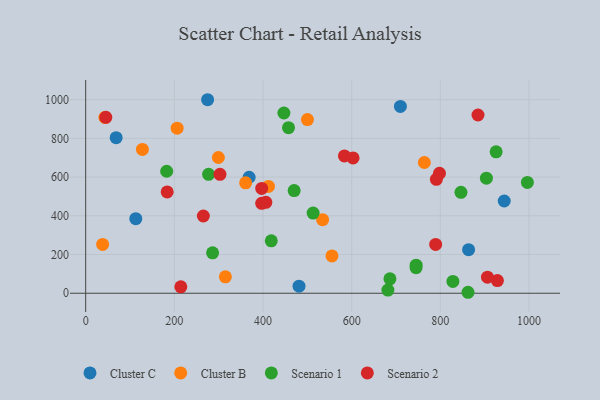
{"axis": {"x": "Study Hours", "y": "Exam Score"}, "legend": ["Cluster B", "Cluster C", "Scenario 1", "Scenario 2"], "data": [{"x": "68.7", "y": 803.5, "type": "Cluster C"}, {"x": "368.7", "y": 599.2, "type": "Cluster C"}, {"x": "709.9", "y": 965.0, "type": "Cluster C"}, {"x": "481.2", "y": 36.4, "type": "Cluster C"}, {"x": "275.0", "y": 999.7, "type": "Cluster C"}, {"x": "863.7", "y": 225.3, "type": "Cluster C"}, {"x": "944.1", "y": 476.5, "type": "Cluster C"}, {"x": "113.0", "y": 385.2, "type": "Cluster C"}, {"x": "299.3", "y": 701.3, "type": "Cluster B"}, {"x": "43.3", "y": 908.4, "type": "Cluster B"}, {"x": "412.3", "y": 552.0, "type": "Cluster B"}, {"x": "360.8", "y": 570.2, "type": "Cluster B"}, {"x": "534.4", "y": 379.9, "type": "Cluster B"}, {"x": "763.9", "y": 675.4, "type": "Cluster B"}, {"x": "500.2", "y": 897.3, "type": "Cluster B"}, {"x": "206.3", "y": 852.8, "type": "Cluster B"}, {"x": "38.2", "y": 252.2, "type": "Cluster B"}, {"x": "315.1", "y": 84.6, "type": "Cluster B"}, {"x": "555.5", "y": 192.6, "type": "Cluster B"}, {"x": "127.9", "y": 743.2, "type": "Cluster B"}, {"x": "447.1", "y": 931.1, "type": "Scenario 1"}, {"x": "277.2", "y": 614.3, "type": "Scenario 1"}, {"x": "470.2", "y": 530.5, "type": "Scenario 1"}, {"x": "418.6", "y": 270.8, "type": "Scenario 1"}, {"x": "996.3", "y": 572.7, "type": "Scenario 1"}, {"x": "846.5", "y": 521.3, "type": "Scenario 1"}, {"x": "513.0", "y": 414.4, "type": "Scenario 1"}, {"x": "681.7", "y": 16.5, "type": "Scenario 1"}, {"x": "686.3", "y": 74.4, "type": "Scenario 1"}, {"x": "828.3", "y": 61.1, "type": "Scenario 1"}, {"x": "862.4", "y": 5.0, "type": "Scenario 1"}, {"x": "745.2", "y": 132.1, "type": "Scenario 1"}, {"x": "925.8", "y": 730.4, "type": "Scenario 1"}, {"x": "903.9", "y": 594.6, "type": "Scenario 1"}, {"x": "286.2", "y": 208.7, "type": "Scenario 1"}, {"x": "457.5", "y": 855.4, "type": "Scenario 1"}, {"x": "182.7", "y": 630.2, "type": "Scenario 1"}, {"x": "745.4", "y": 145.0, "type": "Scenario 1"}, {"x": "884.9", "y": 920.8, "type": "Scenario 2"}, {"x": "928.7", "y": 65.3, "type": "Scenario 2"}, {"x": "397.0", "y": 464.4, "type": "Scenario 2"}, {"x": "406.4", "y": 469.9, "type": "Scenario 2"}, {"x": "183.8", "y": 523.2, "type": "Scenario 2"}, {"x": "583.6", "y": 709.4, "type": "Scenario 2"}, {"x": "603.1", "y": 699.2, "type": "Scenario 2"}, {"x": "302.9", "y": 614.3, "type": "Scenario 2"}, {"x": "214.6", "y": 32.9, "type": "Scenario 2"}, {"x": "45.4", "y": 908.9, "type": "Scenario 2"}, {"x": "906.3", "y": 83.0, "type": "Scenario 2"}, {"x": "798.0", "y": 619.4, "type": "Scenario 2"}, {"x": "791.0", "y": 588.6, "type": "Scenario 2"}, {"x": "397.0", "y": 541.5, "type": "Scenario 2"}, {"x": "789.4", "y": 252.1, "type": "Scenario 2"}, {"x": "265.4", "y": 399.1, "type": "Scenario 2"}]}